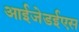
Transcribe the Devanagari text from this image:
आईजेडईएस